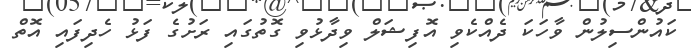
ކައުންސިލުން ވާހަކަ ދެއްކެވި އޮފިޝަލް ވިދާޅުވި ގޮތުގައި ރަށުގެ ފަޅު ހެދިފައި އޮތް